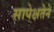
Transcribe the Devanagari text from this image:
सापेक्षतेने